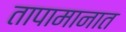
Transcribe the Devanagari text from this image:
तापामानात